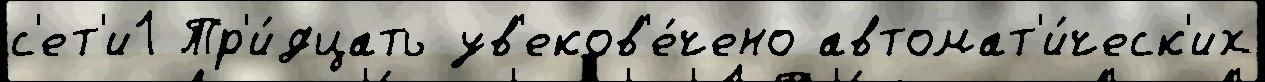
с'ет'и1 Тр'и́дцать ув'еков'е́чено автомат'и́ческ'их